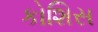
કોશિસ